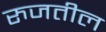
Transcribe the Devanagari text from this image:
रुजतील